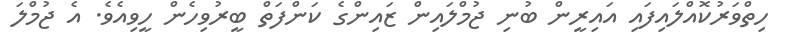
ހިތްވަރުކޮއްލައިފައި އައިރީން ބުނި ޖުމްލައިން ޒައިންގެ ކަންފަތް ބީރުވިހެން ހީވިއެވެ. އެ ޖުމްލަ